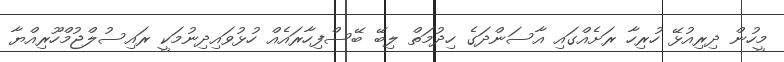
މީހުން ދިރިއުޅޭ ހުރިހާ ރަށެއްގައި އާސަންދަގެ ހިދުމަތް ލިބޭ ބޭސްފިހާރައެއް ހުޅުވައިދިނުމަކީ ރައިސުލްޖުމްހޫރިއްޔާ